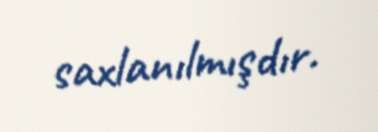
saxlanılmışdır.